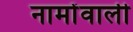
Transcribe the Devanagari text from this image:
नामोंवाली